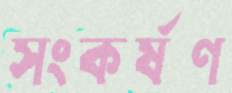
সংকর্ষণ